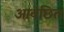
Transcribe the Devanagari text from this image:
आवंछित